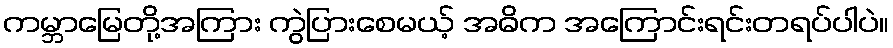
ကမ္ဘာမြေတို့အကြား ကွဲပြားစေမယ့် အဓိက အကြောင်းရင်းတရပ်ပါပဲ။